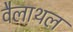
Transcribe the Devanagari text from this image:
वैलाथल